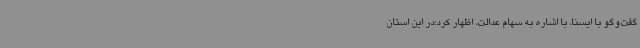
گفت‌وگو با ایسنا، با اشاره به سهام عدالت، اظهار کرد:در این استان